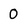
Character: 0